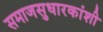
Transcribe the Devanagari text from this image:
समाजसुधारकांशी